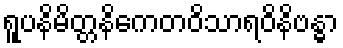
ရူပနိမိတ္တနိကေတဝိသာရဝိနိဗန္ဓာ